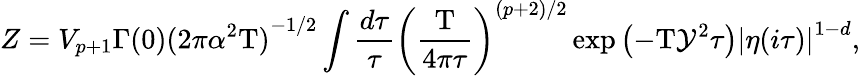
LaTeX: Z={V_{p+1}}\Gamma(0){{(2\pi{\alpha^{2}}\mathrm{T})}^{-1/2}}\int{\frac{d\tau}{\tau}}{{\left({\frac{\mathrm{T}}{4\pi\tau}}\right)}^{(p+2)/2}}\exp\left(-\mathrm{T}{\mathcal{Y}^{2}}\tau\right){{|\eta(i\tau)|}^{1-d}},